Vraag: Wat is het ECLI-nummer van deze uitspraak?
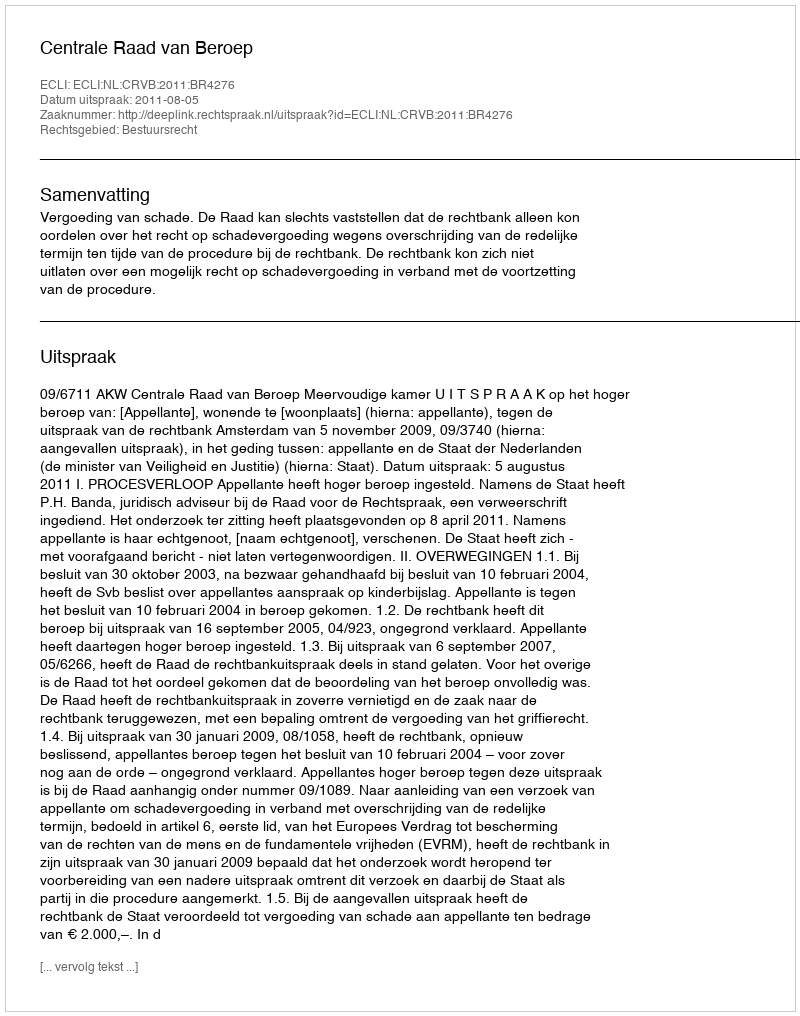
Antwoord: ECLI:NL:CRVB:2011:BR4276